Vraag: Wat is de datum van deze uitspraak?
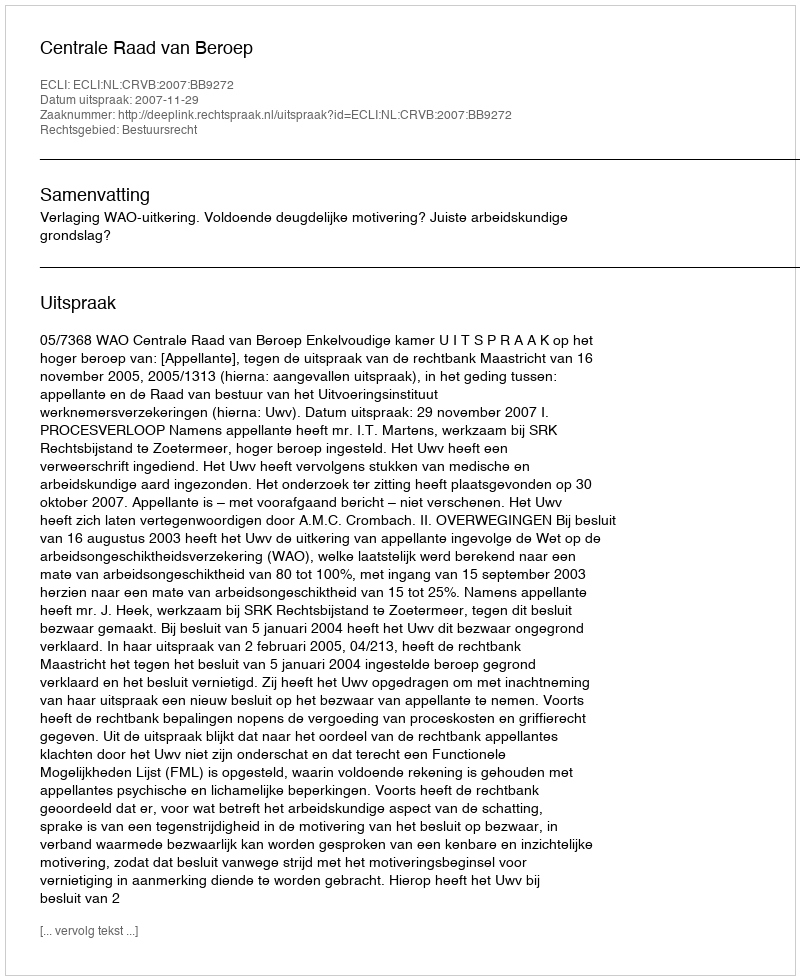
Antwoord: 2007-11-29